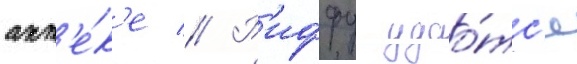
апт'е́к'е // Р'иффу удао́тс'я